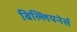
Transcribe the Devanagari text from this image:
बिल्लियनेर्स